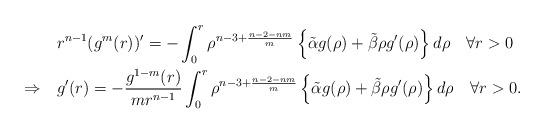
LaTeX: \begin{align*}&r ^{n-1}(g^m(r))'=-\int_0^r\rho^{n-3+\frac{n-2-nm}{m}}\left\{\tilde\alpha g(\rho)+\tilde\beta \rho g'(\rho)\right\}d \rho\quad\forall r>0\\\Rightarrow\quad&g'(r)=-\frac{g^{1-m}(r)}{m r^{n-1}}\int_0^ r\rho^{n-3+\frac{n-2-nm}{m}}\left\{\tilde\alpha g(\rho)+\tilde\beta \rho g'(\rho)\right\}d\rho\quad\forall r>0.\end{align*}